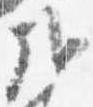
哉